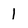
Character: 1